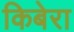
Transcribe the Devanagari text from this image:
किबेरा